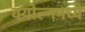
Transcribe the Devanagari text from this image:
क्योल्नमध्ये